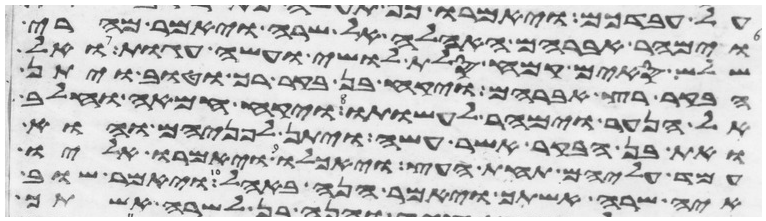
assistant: וימהר אברהם האהלה אל שרה ויאמר מהרי
שלש סים קמח סלת לושי ועשה עגות ואל
הבקר רץ אברהם ויקח בן בקר רך וטוב ויתן
אל הנער וימהר לעשותו ויקח חמאה וחלב
ואת בן הבקר אשר עשה ויתן לפניהם והוא
עמד עליהם תחת העץ ויאכלו ויאמרו אליו
איה שרה אשתך ויאמר הנה באהל ויאמר שוב